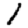
Digit: 1